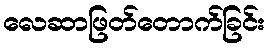
လေဆာဖြတ်တောက်ခြင်း